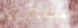
مظهرك